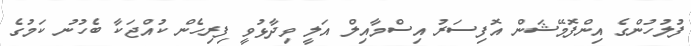
ފުލުހުންގެ އިންފޮމޭޝަން އޮފިސަރު އިސްމާއިލް އަލީ ވިދާޅުވީ ފިރިހެން ކުއްޖަކާ ބެހުނު ކަމުގެ